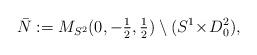
LaTeX: \begin{align*}\bar{N} := M_{S^2}(0, {\textstyle{-\frac{1}{2}, \frac{1}{2}}}) \setminus (S^1 \!\times\! D^2_0),\end{align*}